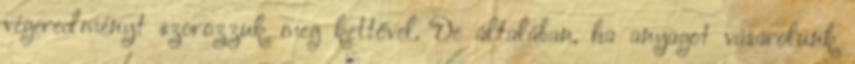
végeredményt szorozzuk meg kettővel. De általában, ha anyagot vásárolunk